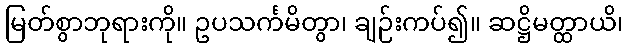
မြတ်စွာဘုရားကို။ ဥပသင်္ကမိတွာ၊ ချဉ်းကပ်၍။ ဆဋ္ဌိမတ္ထာယိ၊